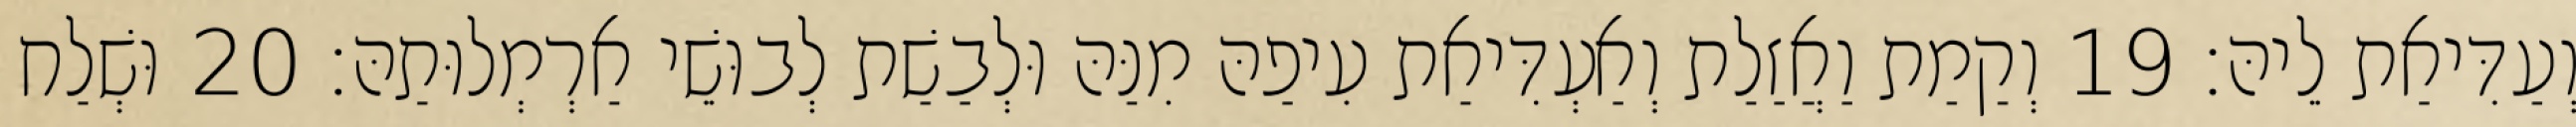
וְעַדִּיאַת לֵיהּ׃ 19 וְקַמַת וַאֲזַלַת וְאַעְדִּיאַת עִיפַהּ מִנַּהּ וּלְבַשַׁת לְבוּשֵׁי אַרְמְלוּתַהּ׃ 20 וּשְׁלַח